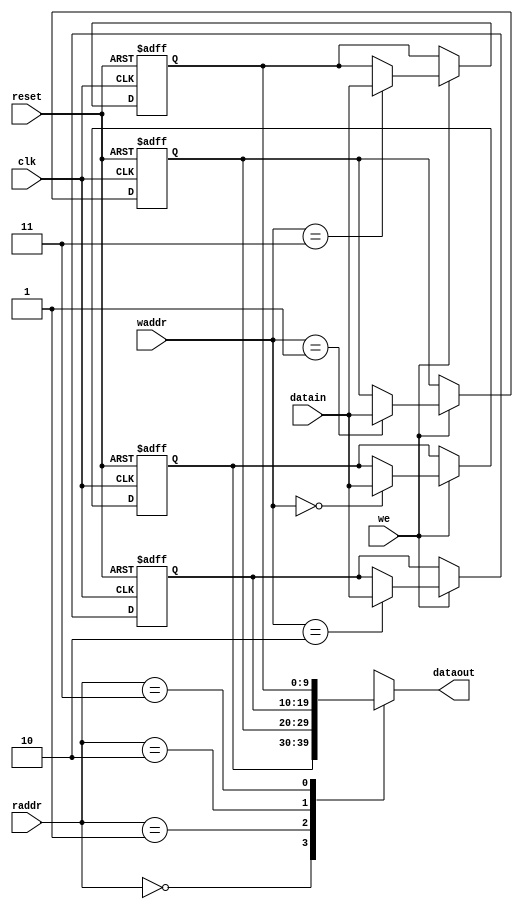
module stratixgx_lvds_rx_fifo_sync_ram 
    (
    clk,
    datain,
    reset, 
    waddr,
    raddr,
    we,
    dataout
    );
    parameter ram_width = 10;
    input clk;
    input reset;
    input [ram_width - 1:0] datain;
    input [1:0] waddr;
    input [1:0] raddr;
    input we;
    output [ram_width - 1:0] dataout;
    reg [ram_width-1:0] dataout_tmp;
    reg [ram_width-1:0] ram_d0, ram_d1, ram_d2, ram_d3, 
                                ram_q0, ram_q1, ram_q2, ram_q3; 
    wire [ram_width-1:0] data_reg0, data_reg1, data_reg2, data_reg3;  
    initial
    begin
        dataout_tmp = 'b0;
        ram_q0 = 1'b0;
        ram_q1 = 1'b0;
        ram_q2 = 1'b0; 
        ram_q3 = 1'b0; 
    end
    always @(posedge clk or posedge reset) 
    begin
        if(reset == 1'b1)
        begin
            ram_q0 <= 1'b0;
            ram_q1 <= 1'b0;
            ram_q2 <= 1'b0; 
            ram_q3 <= 1'b0; 
        end
        else 
        begin
            ram_q0 <= ram_d0;
            ram_q1 <= ram_d1;
            ram_q2 <= ram_d2;
            ram_q3 <= ram_d3;
        end
    end
    always @(we or 
             data_reg0 or data_reg1 or 
             data_reg2 or data_reg3 or 
             ram_q0 or ram_q1 or
             ram_q2 or ram_q3)    
    begin
        if(we == 1'b1) 
        begin
            ram_d0 <= data_reg0;
            ram_d1 <= data_reg1;
            ram_d2 <= data_reg2;
            ram_d3 <= data_reg3;
       end
       else begin
            ram_d0 <= ram_q0;
            ram_d1 <= ram_q1;
            ram_d2 <= ram_q2;
            ram_d3 <= ram_q3;
       end
    end
    assign data_reg0 = ( waddr == 2'b00 ) ? datain : ram_q0;
    assign data_reg1 = ( waddr == 2'b01 ) ? datain : ram_q1;
    assign data_reg2 = ( waddr == 2'b10 ) ? datain : ram_q2;
    assign data_reg3 = ( waddr == 2'b11 ) ? datain : ram_q3;
    always @(ram_q0 or ram_q1 or ram_q2 or ram_q3 or we or waddr or raddr)
    begin
        case ( raddr )  
            2'b00 : dataout_tmp = ram_q0;
            2'b01 : dataout_tmp = ram_q1;
            2'b10 : dataout_tmp = ram_q2;
            2'b11 : dataout_tmp = ram_q3;
        endcase
    end
    assign dataout = dataout_tmp;
endmodule